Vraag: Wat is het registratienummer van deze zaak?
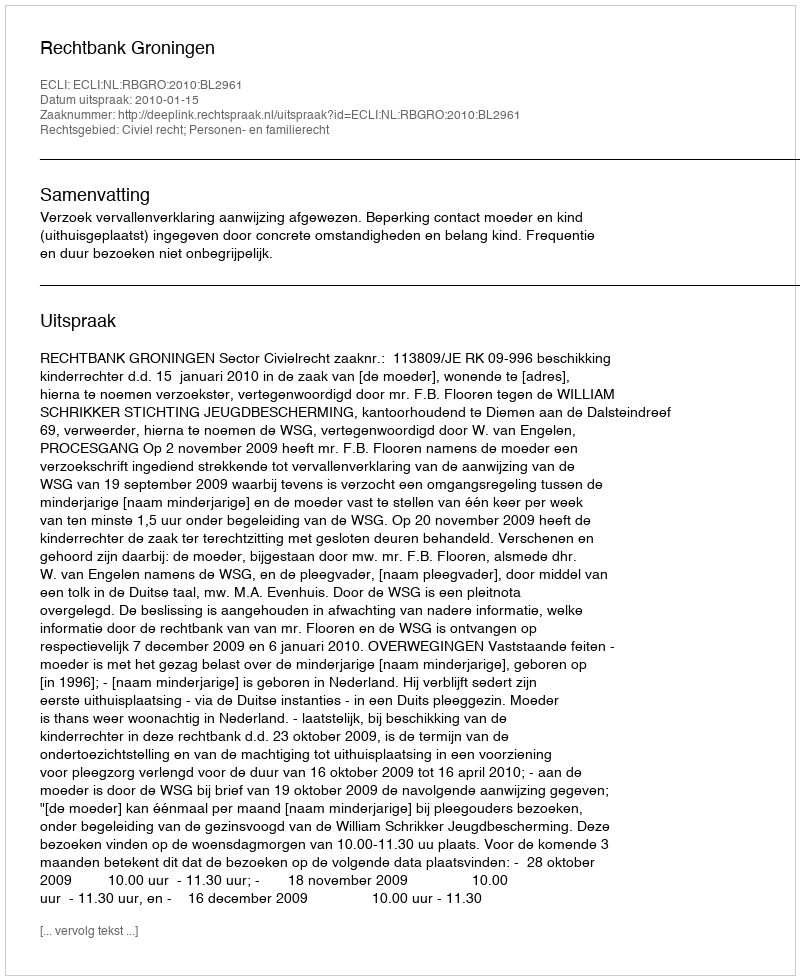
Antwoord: http://deeplink.rechtspraak.nl/uitspraak?id=ECLI:NL:RBGRO:2010:BL2961